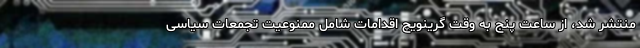
منتشر شد، از ساعت پنج به وقت گرینویچ اقدامات شامل ممنوعیت تجمعات سیاسی